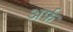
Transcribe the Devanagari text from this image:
अर्फ